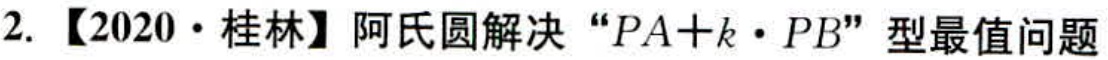
2. 【2020·桂林】阿氏圆解决“\(PA + k\cdot PB\)”型最值问题